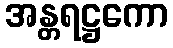
အန္တရဋ္ဌကော